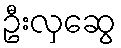
ဦးလှဆွေ